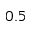
0 . 5